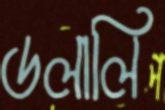
ডলালি